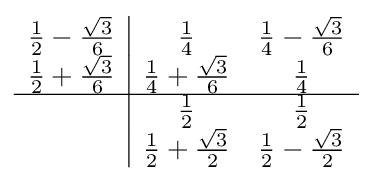
{\begin{array}{c|cc}{\frac {1}{2}}-{\frac {\sqrt {3}}{6}}&{\frac {1}{4}}&{\frac {1}{4}}-{\frac {\sqrt {3}}{6}}\\{\frac {1}{2}}+{\frac {\sqrt {3}}{6}}&{\frac {1}{4}}+{\frac {\sqrt {3}}{6}}&{\frac {1}{4}}\\\hline &{\frac {1}{2}}&{\frac {1}{2}}\\&{\frac {1}{2}}+{\frac {\sqrt {3}}{2}}&{\frac {1}{2}}-{\frac {\sqrt {3}}{2}}\\\end{array}}